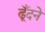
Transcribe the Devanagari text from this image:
ढूँदने